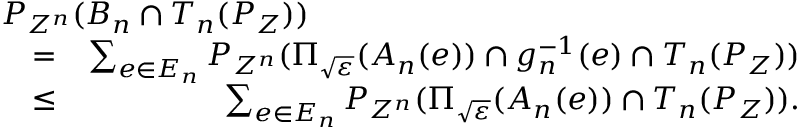
\begin{array} { r l r } { \lefteqn { P _ { Z ^ { n } } ( { \cal B } _ { n } \cap { \cal T } _ { n } ( P _ { Z } ) ) } } \\ & { = } & { \sum _ { e \in { \cal E } _ { n } } P _ { Z ^ { n } } ( \Pi _ { \sqrt { \varepsilon } } ( { \cal A } _ { n } ( e ) ) \cap g _ { n } ^ { - 1 } ( e ) \cap { \cal T } _ { n } ( P _ { Z } ) ) } \\ & { \le } & { \sum _ { e \in { \cal E } _ { n } } P _ { Z ^ { n } } ( \Pi _ { \sqrt { \varepsilon } } ( { \cal A } _ { n } ( e ) ) \cap { \cal T } _ { n } ( P _ { Z } ) ) . } \end{array}